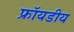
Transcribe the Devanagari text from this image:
फ्रॉयडीय